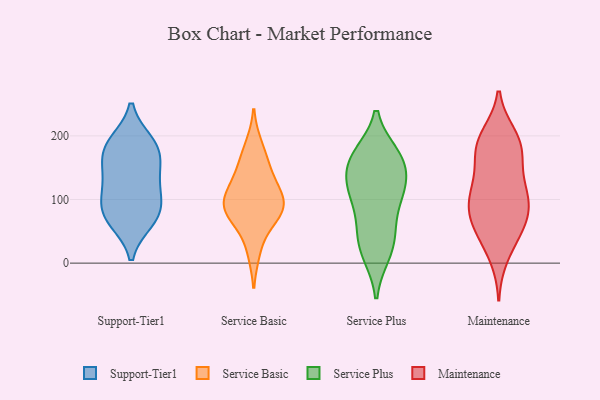
{"axis": {"x": "Humidity (%)", "y": "Value"}, "legend": ["Maintenance", "Service Basic", "Service Plus", "Support-Tier1"], "data": [{"x": "", "y": 167, "type": "Support-Tier1"}, {"x": "", "y": 66, "type": "Support-Tier1"}, {"x": "", "y": 66, "type": "Support-Tier1"}, {"x": "", "y": 120, "type": "Support-Tier1"}, {"x": "", "y": 182, "type": "Support-Tier1"}, {"x": "", "y": 190, "type": "Support-Tier1"}, {"x": "", "y": 103, "type": "Support-Tier1"}, {"x": "", "y": 187, "type": "Support-Tier1"}, {"x": "", "y": 86, "type": "Support-Tier1"}, {"x": "", "y": 150, "type": "Support-Tier1"}, {"x": "", "y": 81, "type": "Support-Tier1"}, {"x": "", "y": 134, "type": "Support-Tier1"}, {"x": "", "y": 156, "type": "Service Basic"}, {"x": "", "y": 100, "type": "Service Basic"}, {"x": "", "y": 70, "type": "Service Basic"}, {"x": "", "y": 74, "type": "Service Basic"}, {"x": "", "y": 116, "type": "Service Basic"}, {"x": "", "y": 91, "type": "Service Basic"}, {"x": "", "y": 142, "type": "Service Basic"}, {"x": "", "y": 103, "type": "Service Basic"}, {"x": "", "y": 184, "type": "Service Basic"}, {"x": "", "y": 82, "type": "Service Basic"}, {"x": "", "y": 19, "type": "Service Basic"}, {"x": "", "y": 65, "type": "Service Plus"}, {"x": "", "y": 124, "type": "Service Plus"}, {"x": "", "y": 170, "type": "Service Plus"}, {"x": "", "y": 15, "type": "Service Plus"}, {"x": "", "y": 165, "type": "Service Plus"}, {"x": "", "y": 46, "type": "Service Plus"}, {"x": "", "y": 102, "type": "Service Plus"}, {"x": "", "y": 122, "type": "Service Plus"}, {"x": "", "y": 154, "type": "Service Plus"}, {"x": "", "y": 165, "type": "Service Plus"}, {"x": "", "y": 113, "type": "Service Plus"}, {"x": "", "y": 168, "type": "Service Plus"}, {"x": "", "y": 40, "type": "Service Plus"}, {"x": "", "y": 14, "type": "Service Plus"}, {"x": "", "y": 111, "type": "Service Plus"}, {"x": "", "y": 200, "type": "Maintenance"}, {"x": "", "y": 49, "type": "Maintenance"}, {"x": "", "y": 191, "type": "Maintenance"}, {"x": "", "y": 181, "type": "Maintenance"}, {"x": "", "y": 163, "type": "Maintenance"}, {"x": "", "y": 11, "type": "Maintenance"}, {"x": "", "y": 72, "type": "Maintenance"}, {"x": "", "y": 175, "type": "Maintenance"}, {"x": "", "y": 194, "type": "Maintenance"}, {"x": "", "y": 41, "type": "Maintenance"}, {"x": "", "y": 118, "type": "Maintenance"}, {"x": "", "y": 87, "type": "Maintenance"}, {"x": "", "y": 83, "type": "Maintenance"}, {"x": "", "y": 56, "type": "Maintenance"}, {"x": "", "y": 132, "type": "Maintenance"}, {"x": "", "y": 97, "type": "Maintenance"}, {"x": "", "y": 116, "type": "Maintenance"}, {"x": "", "y": 95, "type": "Maintenance"}]}